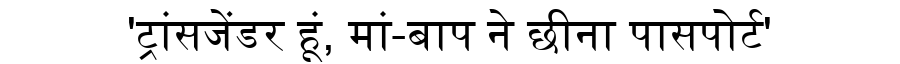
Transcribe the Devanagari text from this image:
'ट्रांसजेंडर हूं, मां-बाप ने छीना पासपोर्ट'